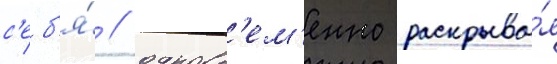
с'еб'я́ / одновр'ем'енно раскрыва́я